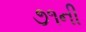
૭૧ની